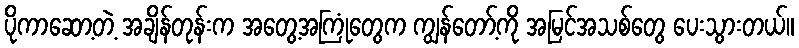
ပိုကာဆော့တဲ့ အချိန်တုန်းက အတွေ့အကြုံတွေက ကျွန်တော့်ကို အမြင်အသစ်တွေ ပေးသွားတယ်။